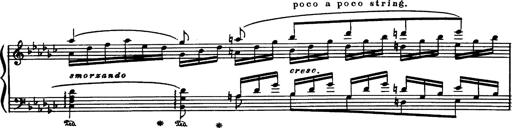
Title: Danza sacra e duetto finale dâ€™Aida
Composer: Franz Liszt